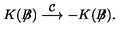
K ( \not { \! \! B } ) \stackrel { { \cal C } } { \longrightarrow } - K ( \not { \! \! B } ) .